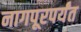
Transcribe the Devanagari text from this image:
नागपूरपर्यंत